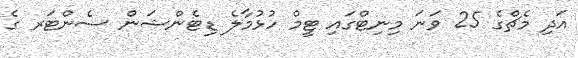
އަދި މެޗްގެ 25 ވަނަ މިނިޓްގައި ޓީމް ހުޅުމާލެ ޑިޓެންޝަން ސެންޓަރ ގެ